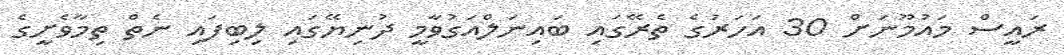
ރައީސް މައުމޫނަށް 30 އަހަރުގެ ތެރޭގައި ބައިނަލްއަގުވާމީ ދުނިޔޭގައި ލިބިފައި ނެތް ތިމާވެށީގެ